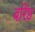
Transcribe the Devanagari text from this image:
बरिष्ठ